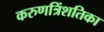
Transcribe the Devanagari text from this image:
करुणत्रिंशतिका